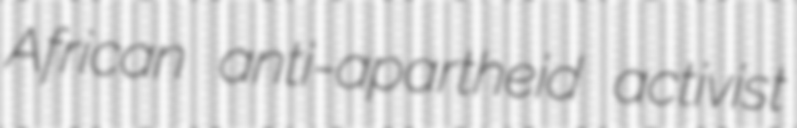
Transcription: African anti-apartheid activist